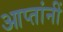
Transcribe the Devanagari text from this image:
आप्तांनीं